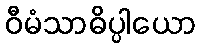
ဝီမံသာဓိပ္ပါယော